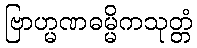
ဗြာဟ္မဏဓမ္မိကသုတ္တံ